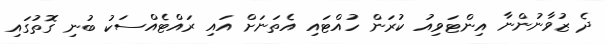
ދެ ޒުވާނުންނާ އިންޓަވިއު ކުރަން ހުއްޓައި އެތަނަށް އައި ރައްޓެއްސަކު ބުނި ގޮތުގައި